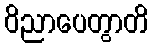
ဝိညာပေတွာတိ